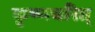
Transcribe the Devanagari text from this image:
कृष्णचरित्